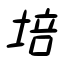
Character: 培